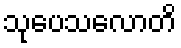
သုပေသလောတိ